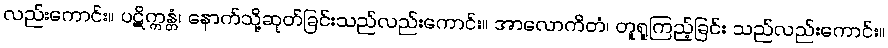
လည်းကောင်း။ ပဋိက္ကန္တံ၊ နောက်သို့ဆုတ်ခြင်းသည်လည်းကောင်း။ အာလောကိတံ၊ တူရူကြည့်ခြင်း သည်လည်းကောင်း။